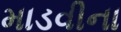
માડવીના